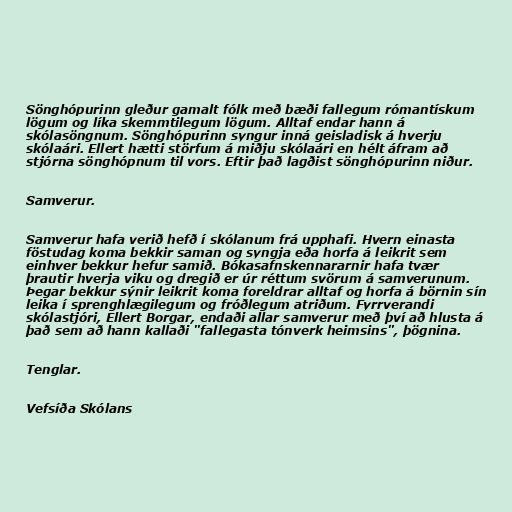
Sönghópurinn gleður gamalt fólk með bæði fallegum rómantískum
lögum og líka skemmtilegum lögum. Alltaf endar hann á
skólasöngnum. Sönghópurinn syngur inná geisladisk á hverju
skólaári. Ellert hætti störfum á miðju skólaári en hélt áfram að
stjórna sönghópnum til vors. Eftir það lagðist sönghópurinn niður.

Samverur.

Samverur hafa verið hefð í skólanum frá upphafi. Hvern einasta
föstudag koma bekkir saman og syngja eða horfa á leikrit sem
einhver bekkur hefur samið. Bókasafnskennararnir hafa tvær
þrautir hverja viku og dregið er úr réttum svörum á samverunum.
Þegar bekkur sýnir leikrit koma foreldrar alltaf og horfa á börnin sín
leika í sprenghlægilegum og fróðlegum atriðum. Fyrrverandi
skólastjóri, Ellert Borgar, endaði allar samverur með því að hlusta á
það sem að hann kallaði "fallegasta tónverk heimsins", þögnina.

Tenglar.

Vefsíða Skólans